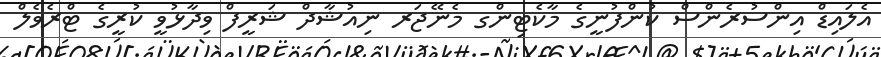
އެލަައިޑް އިންސުރެންސް ކުންފުނީގެ މާކެޓިންގ މެނޭޖަރ ނިއުޝާދް ޝަރީފް ވިދާޅުވީ ކުރީގެ ޓްރެވެލް